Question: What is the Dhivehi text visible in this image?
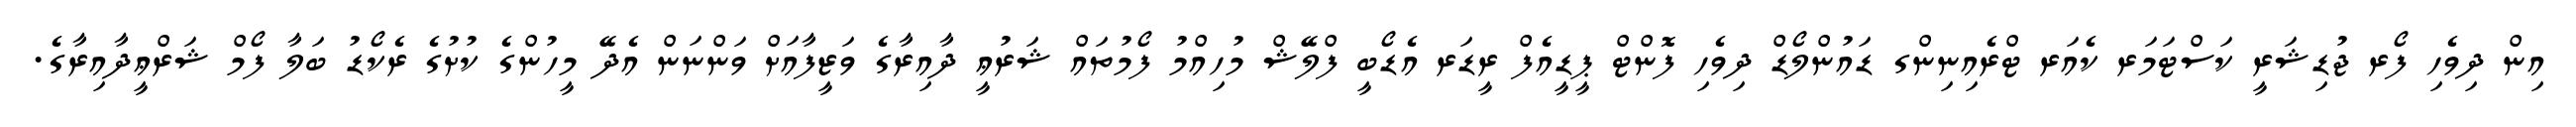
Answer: އިން ދިވެހި ފޯރ ޖުޑިޝަރީ ކަސްޓަމަރ ކެއަރ ޓްރެއިނިންގ ޑައުންލޯޑް ދިވެހި ފޮންޓް ޕީޑީއެފް ރީޑަރ އެޑޯބީ ފްލޭޝް މުހިއްމު ފޯމުތައް ޝަރުޢީ ދާއިރާގެ ވަޒީފާއަށް ވަންނަން އެދޭ މީހުންގެ ކުށުގެ ރެކޯޑު ބަލާ ފޯމް ޝަރްޢީދާއިރާގެ.